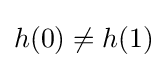
h(0)\neq h(1)